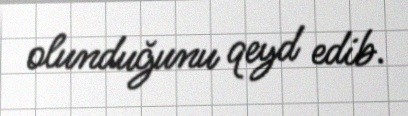
olunduğunu qeyd edib.